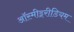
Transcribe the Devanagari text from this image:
ऑस्मीइरीडियम